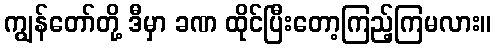
ကျွန်တော်တို့ ဒီမှာ ခဏ ထိုင်ပြီးတော့ကြည့်ကြမလား။